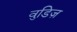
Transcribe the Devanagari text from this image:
वुडिज़